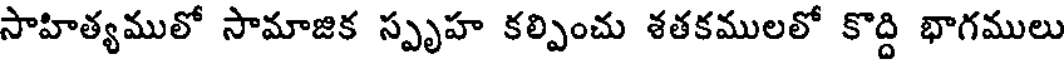
సాహిత్యములో సామాజిక స్పృహ కల్పించు శతకములలో కొద్ది భాగములు